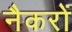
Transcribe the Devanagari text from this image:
नैकरों